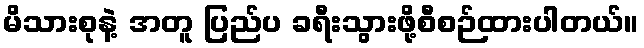
မိသားစုနဲ့ အတူ ပြည်ပ ခရီးသွားဖို့စီစဉ်ထားပါတယ်။